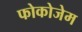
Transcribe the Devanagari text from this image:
फोकोजेम